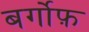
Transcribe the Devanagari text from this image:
बर्गोफ़